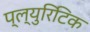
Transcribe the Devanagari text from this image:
प्ल्युरिटिक